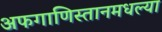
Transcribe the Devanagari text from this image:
अफगाणिस्तानमधल्या